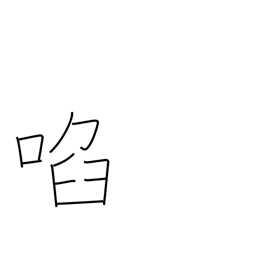
Meaning: allure